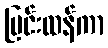
ပြင်းထန်ကာ